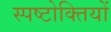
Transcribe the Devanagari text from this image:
स्पष्टोक्तियों